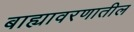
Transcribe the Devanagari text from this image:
बाह्यावरणातील